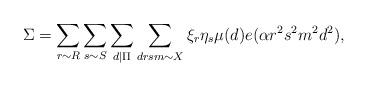
LaTeX: \begin{align*} \Sigma = \sum_{r \sim R} \sum_{s \sim S} \sum_{d \mid \Pi} \sum_{drsm \sim X} \xi_r\eta_s\mu(d) e(\alpha r^2s^2m^2d^2), \end{align*}